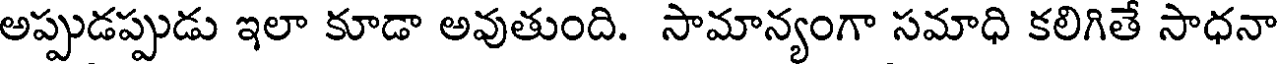
అప్పుడప్పుడు ఇలా కూడా అవుతుంది. సామాన్యంగా సమాధి కలిగితే సాధనా